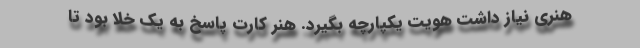
هنری نیاز داشت هویت یکپارچه بگیرد. هنر کارت پاسخ به یک خلا بود تا